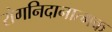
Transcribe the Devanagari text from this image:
रोगनिदानात्मक